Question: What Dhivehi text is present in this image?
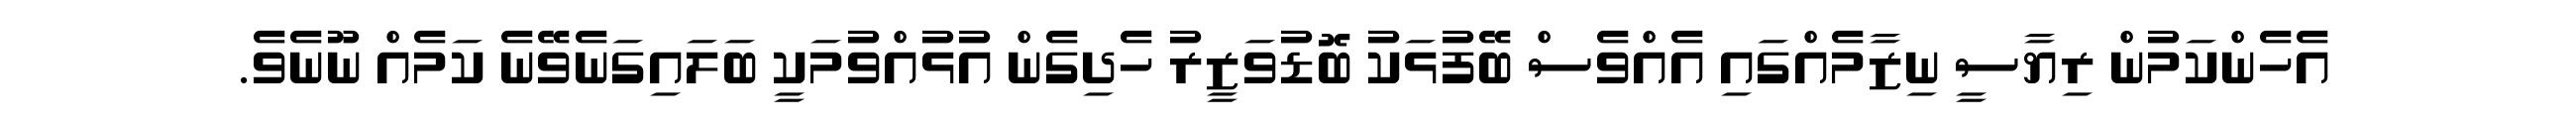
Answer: އެހެންކަމުން ރިޔާސީ ނިޒާމެއްގައި އެއްވެސް ބޭފުޅަކު ބޮޑުވަޒީރު ހެދިގެން އުޅުއްވުމަކީ ބަލައިގަނެވޭނެ ކަމެއް ނޫނެވެ.